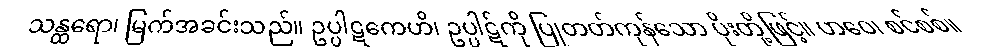
သန္ထရော၊ မြက်အခင်းသည်။ ဥပ္ပါဋကေဟိ၊ ဥပ္ပါဋ်ကို ပြုတတ်ကုန်သော ပိုးတို့ဖြင့်။ ဟဝေ၊ စင်စစ်။